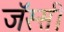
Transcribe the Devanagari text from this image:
जॅस्सी